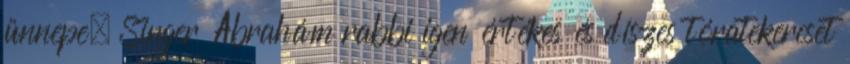
ünnepe. Singer Ábrahám rabbi igen értékes és díszes tóratekercset